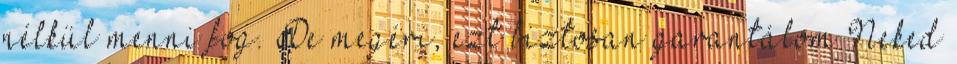
nélkül menni fog. De megéri, ezt biztosan garantálom Neked